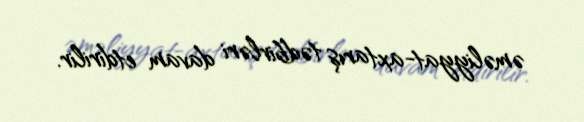
əməliyyat-axtarış tədbirləri davam etdirilir.